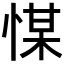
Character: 𢜮